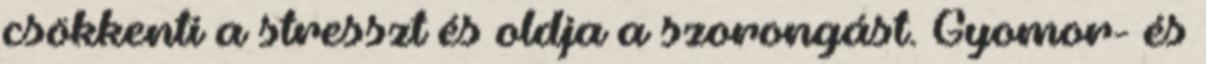
csökkenti a stresszt és oldja a szorongást. Gyomor- és